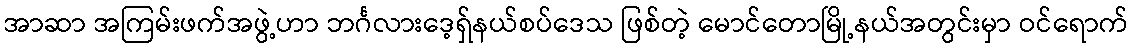
အာဆာ အကြမ်းဖက်အဖွဲ့ဟာ ဘင်္ဂလားဒေ့ရှ်နယ်စပ်ဒေသ ဖြစ်တဲ့ မောင်တောမြို့နယ်အတွင်းမှာ ဝင်ရောက်